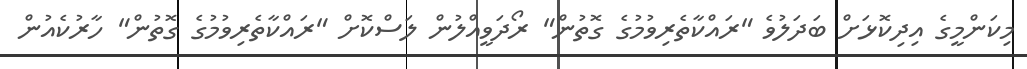
މިކަންމީގެ އިދިކޮޅަށް ބަދަލުވެ "ރައްކާތެރިވުމުގެ ގޮތުން" ރޯދަވީއްލުން ލަސްކޮށް "ރައްކާތެރިވުމުގެ ގޮތުން" ހާރުކެއުން